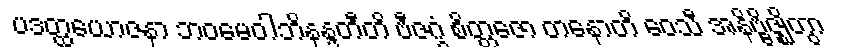
ပဒတ္ထယောဇနာ ဘဝမေဝါဘိနန္ဒတီတိ ဗီဇဂ္ဂံ စိတ္တဇော တနောတိ ဝေသီ အနိဗ္ဗိဇ္ဈိတွာ